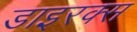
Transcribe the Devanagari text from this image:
डाइरक्स